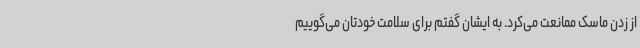
از زدن ماسک ممانعت می‌کرد. به ایشان گفتم برای سلامت خودتان می‌گوییم